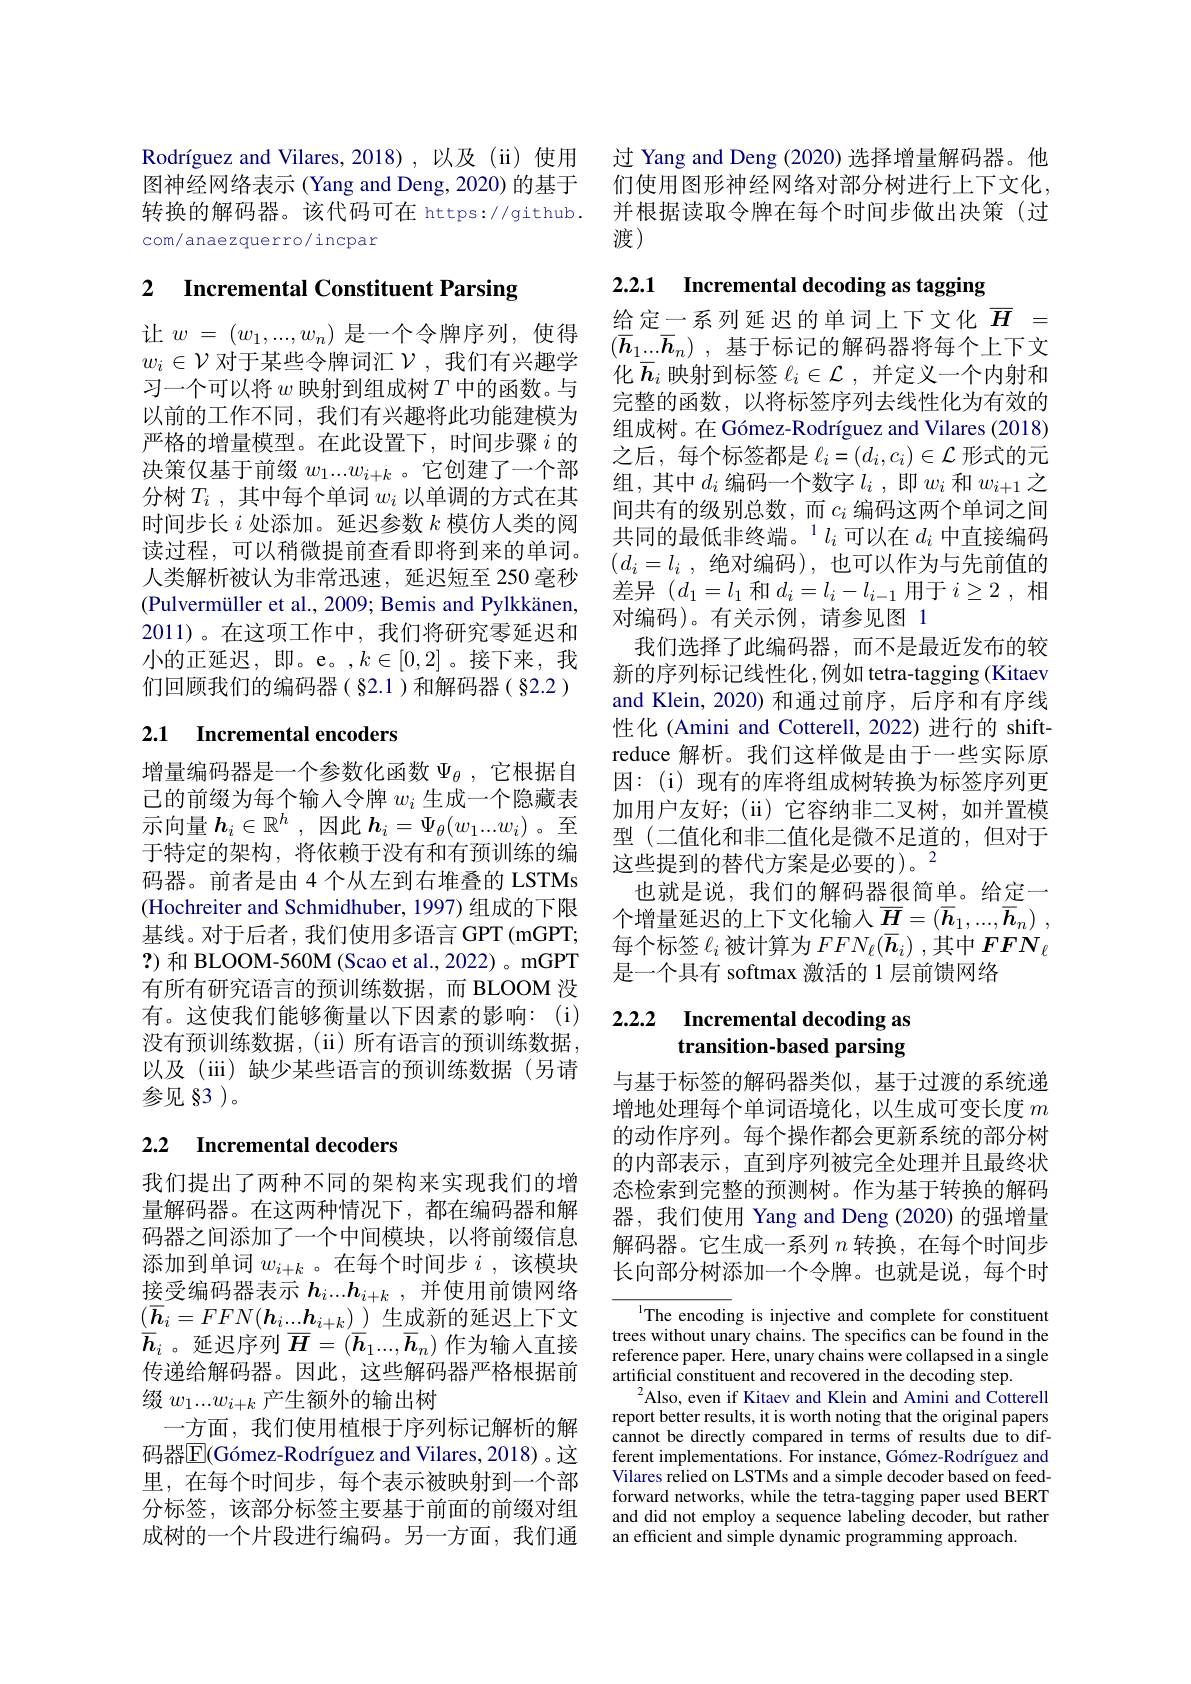
Rodríguez and Vilares, 2018), 以及(ii) 使用图神经网络表示 (Yang and Deng, 2020) 的基于转换的解码器。该代码可在 https://github. com/anaezquerro/incpar

# 2 Incremental Constituent Parsing

让$w=(w_1,...,w_n)$是一个令牌序列，使得$w_i\in\mathcal{V}$ 对于某些令牌词汇$\mathcal{V}$, 我们有兴趣学习一个可以将$w$映射到组成树$T$中的函数。与以前的工作不同，我们有兴趣将此功能建模为严格的增量模型。在此设置下，时间步骤$i$ 的决策仅基于前缀$w_1...w_{i+k}$ 。它创建了一个部分树$T_i$ ,其中每个单词$w_i$以单调的方式在其时间步长$i$处添加。延迟参数$k$模仿人类的阅读过程，可以稍微提前查看即将到来的单词。人类解析被认为非常迅速，延迟短至 250 毫秒(Pulvermüller et al., 2009; Bemis and Pylkkänen, 2011)。在这项工作中，我们将研究零延迟和小的正延迟，即。e。,$k\in[0,2]$。接下来，我们回顾我们的编码器(§2.1)和解码器(§2.2)

## 2.1 Incremental encoders

增量编码器是一个参数化函数$\Psi_\mathrm{\theta}$ ,它根据自己的前缀为每个输入令牌$w_i$生成一个隐藏表示向量$h_i\in\mathbb{R}^h$ ,因此$\boldsymbol{h}_i=\Psi_\theta(w_1...w_i)$ 。至于特定的架构，将依赖于没有和有预训练的编码器。前者是由 4 个从左到右堆叠的 LSTMs (Hochreiter and Schmidhuber, 1997) 组成的下限基线。对于后者，我们使用多语言 GPT (mGPT; ?)和 BLOOM-560M(Scao et al., 2022)。mGPT 有所有研究语言的预训练数据，而 BLOOM 没有。这使我们能够衡量以下因素的影响：(i) 没有预训练数据，(ii)所有语言的预训练数据， 以及(iii)缺少某些语言的预训练数据(另请参见 83 )。

## 2.2 Incremental decoders

我们提出了两种不同的架构来实现我们的增量解码器。在这两种情况下，都在编码器和解码器之间添加了一个中间模块，以将前缀信息添加到单词$w_{i+k}$ 。在每个时间步$i$,该模块接受编码器表示$h_i...h_{i+k}$,并使用前馈网络$(\underline{\boldsymbol{h}}_i=FFN(\boldsymbol{h}_i...\underline{\boldsymbol{h}}_{i+k})\underline{\text{ 生成新的延迟上下文}}$ $\overline{h}_i$ 。延迟序列$\overline H=(\overline h_1...,\overline h_n)$作为输入直接传递给解码器。因此，这些解码器严格根据前缀$w_1...w_{i+k}$产生额外的输出树
一方面，我们使用植根于序列标记解析的解码器$\overline {\mathbb{E} }( \text{G\' {o}mez- Rodr\' {ı }guezandVilares, 2018) 。这 }$ 里，在每个时间步，每个表示被映射到一个部分标签，该部分标签主要基于前面的前缀对组成树的一个片段进行编码。另一方面，我们通

过 Yang and Deng (2020) 选择增量解码器。他们使用图形神经网络对部分树进行上下文化， 并根据读取令牌在每个时间步做出决策(过渡)

2.2.1 Incremental decoding as tagging

给定一系列延迟的单词上下文化$\overline{H}=$ $( \overline {\boldsymbol{h}}_1. . . \overline {\boldsymbol{h}}_n)$ ,基于标记的解码器将每个上下文化$\overline{h}_i$映射到标签$\ell_i\in\mathcal{L}$,并定义一个内射和完整的函数，以将标签序列去线性化为有效的组成树。在 Gómez-Rodríguez and Vilares (2018) 之后，每个标签都是$\ell_i=(d_i,c_i)\in\mathcal{L}$形式的元组，其中$d_i$编码一个数字$l_i$ ,即$w_i$和$w_{i+1}$之间共有的级别总数，而$c_i$ 编码这两个单词之间共同的最低非终端。$^1l_i$可以在$d_i$中直接编码$( d_i= l_i$ ,绝对编码),也可以作为与先前值的差异$(d_1=l_1$ 和$d_i=l_i-l_{i-1}$用于$i\geq2$,相对编码)。有关示例，请参见图 1
我们选择了此编码器，而不是最近发布的较新的序列标记线性化，例如 tetra-tagging(Kitaev and Klein, 2020) 和通过前序，后序和有序线性化 (Amini and Cotterell, 2022)进行的 shiftreduce 解析。我们这样做是由于一些实际原因：(i)现有的库将组成树转换为标签序列更加用户友好；(ii)它容纳非二叉树，如并置模型 (二值化和非二值化是微不足道的，但对于这些提到的替代方案是必要的)。$^{2}$
也就是说，我们的解码器很简单。给定一个增量延迟的上下文化输入$\underline {H}= ( \overline {h}_1, . . . , \overline {h}_n)$ , 每个标签$\ell_i$被计算为$FFN_\ell(\overline{\boldsymbol{h}}_i)$ ,其中$FFN_\ell$ 是一个具有 softmax 激活的 1 层前馈网络

# 2.2.2 Incremental decoding as transition-based parsing

与基于标签的解码器类似，基于过渡的系统递增地处理每个单词语境化，以生成可变长度$m$ 的动作序列。每个操作都会更新系统的部分树的内部表示，直到序列被完全处理并且最终状态检索到完整的预测树。作为基于转换的解码器，我们使用 Yang and Deng (2020)的强增量解码器。它生成一系列$n$转换，在每个时间步长向部分树添加一个令牌。也就是说，每个时

The encoding is injective and complete for constituent trees without unary chains. The specifics can be found in the reference paper. Here, unary chains were collapsed in a single artificial constituent and recovered in the decoding step.
$^{2}$Also, even if Kitaev and Klein and Amini and Cotterell report better results, it is worth noting that the original papers cannot be directly compared in terms of results due to different implementations. For instance, Gómez-Rodríguez and Vilares relied on LSTMs and a simple decoder based on feedforward networks, while the tetra-tagging paper used BERT and did not employ a sequence labeling decoder, but rather an efficient and simple dynamic programming approach.